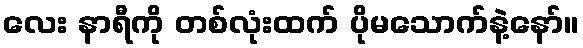
လေး နာရီကို တစ်လုံးထက် ပိုမသောက်နဲ့နော်။